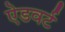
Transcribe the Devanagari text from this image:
ऐडवर्ट